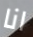
انا